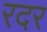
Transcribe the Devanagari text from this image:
रदर